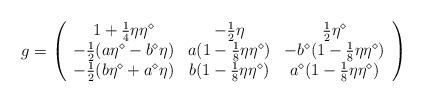
LaTeX: \begin{align*}g=\left(\begin{array}{ccc}1+{1\over 4}\eta\eta^\diamond&-{1\over 2}\eta&{1\over 2}\eta^\diamond\\-{1\over 2}(a\eta^\diamond-b^\diamond\eta)&a(1-{1\over 8}\eta\eta^\diamond)&-b^\diamond(1-{1\over 8}\eta\eta^\diamond)\\-{1\over 2}(b\eta^\diamond+a^\diamond\eta)&b(1-{1\over 8}\eta\eta^\diamond)& a^\diamond(1-{1\over 8}\eta\eta^\diamond)\end{array}\right)\end{align*}